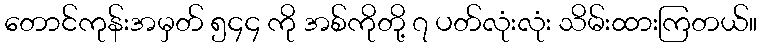
တောင်ကုန်းအမှတ် ၅၄၄ ကို အစ်ကိုတို့ ၇ ပတ်လုံးလုံး သိမ်းထားကြတယ်။